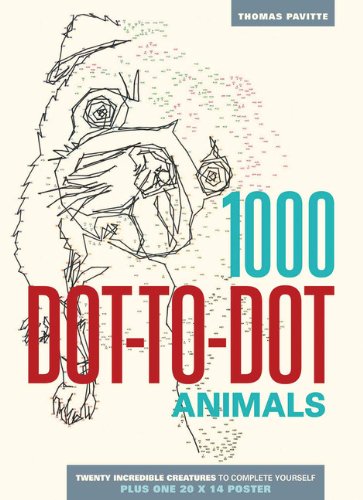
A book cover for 1000 Dot-to-Dot: Animals; Thomas Pavitte; Humor & Entertainment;